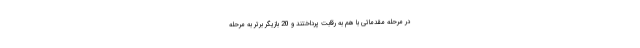
در مرحله مقدماتی با هم به رقابت پرداختند و 20 بازیگر برتر به مرحله